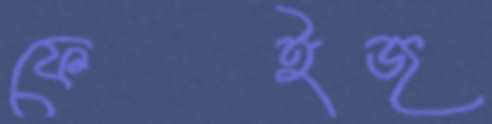
ফেইজ